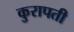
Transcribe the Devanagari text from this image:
कुरापती